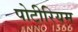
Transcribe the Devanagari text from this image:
पोटीरियम